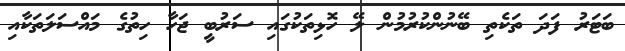
ބަޓަރު ފަދަ ތަކެތި ބޭނުންކުރުމުން ލޭ ހޮޅިތަކުގައި ސަރުބީ ޖަހާ ހިތުގެ މައްސަލަތަކާއި